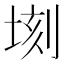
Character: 𪣫